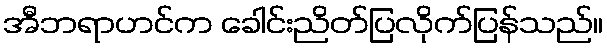
အီဘရာဟင်က ခေါင်းညိတ်ပြလိုက်ပြန်သည်။